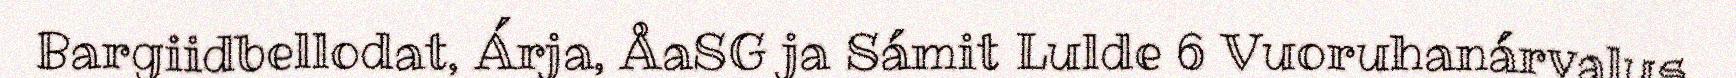
Bargiidbellodat, Árja, ÅaSG ja Sámit Lulde 6 Vuoruhanárvalus